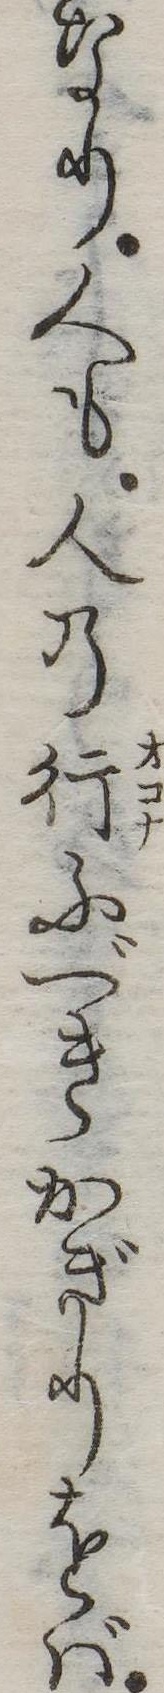
なり人も人の行ふべきかぎりをば